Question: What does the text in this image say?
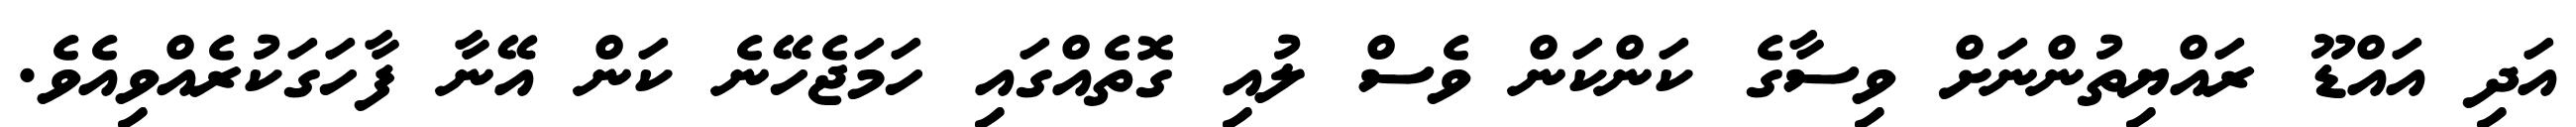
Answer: އަދި އައްޑޫ ރައްޔިތުންނަށް ވިސާގެ ކަންކަން ވެސް ލުއި ގޮތެއްގައި ހަމަޖެހޭނެ ކަން އޭނާ ފާހަގަކުރެއްވިއެވެ.